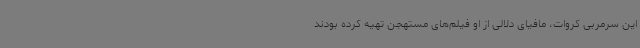
این سرمربی کروات، مافیای دلالی از او فیلم‌های مستهجن تهیه کرده بودند